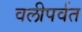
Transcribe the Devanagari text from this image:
वलीपर्वत